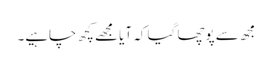
مجھ سے پوچھا گیا کہ آیا مجھے کچھ چاہیے۔